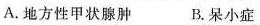
A.地方性甲状腺肿B.呆小症